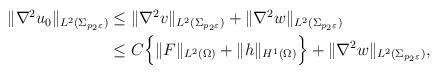
LaTeX: \begin{align*}\begin{aligned}\|\nabla^2u_0\|_{L^2(\Sigma_{p_2\varepsilon})}&\leq \|\nabla^2 v\|_{L^2(\Sigma_{p_2\varepsilon})} + \|\nabla^2 w\|_{L^2(\Sigma_{p_2\varepsilon})} \\&\leq C\Big\{\|F\|_{L^2(\Omega)}+\|h\|_{H^1(\Omega)}\Big\}+ \|\nabla^2 w\|_{L^2(\Sigma_{p_2\varepsilon})},\end{aligned}\end{align*}